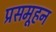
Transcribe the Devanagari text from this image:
प्रसमूहन